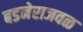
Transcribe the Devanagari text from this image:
बडनेराजवळ